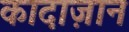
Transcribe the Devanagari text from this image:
कादाज़ान